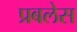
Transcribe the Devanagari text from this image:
प्रबलेस